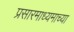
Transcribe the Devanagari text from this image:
प्रसारमाध्‍यमाच्‍या